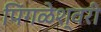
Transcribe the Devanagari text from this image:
पिंगळेश्वरी